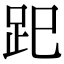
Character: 𧿆